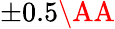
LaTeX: \pm 0.5\AA